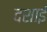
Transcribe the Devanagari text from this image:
दशाई